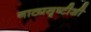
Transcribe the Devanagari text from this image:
नाट्यसॄष्टीशी